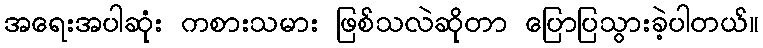
အရေးအပါဆုံး ကစားသမား ဖြစ်သလဲဆိုတာ ပြောပြသွားခဲ့ပါတယ်။